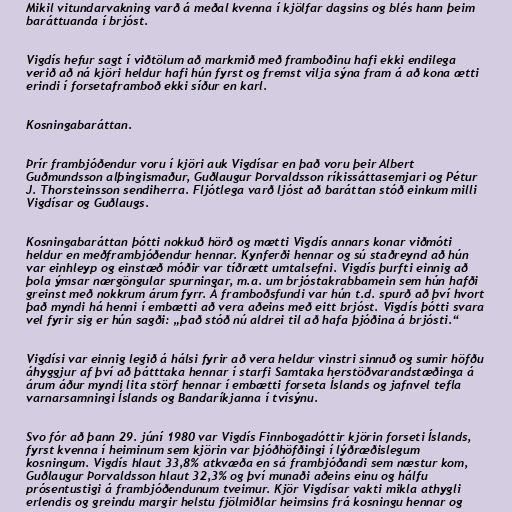
Mikil vitundarvakning varð á meðal kvenna í kjölfar dagsins og blés hann þeim
baráttuanda í brjóst.

Vigdís hefur sagt í viðtölum að markmið með framboðinu hafi ekki endilega
verið að ná kjöri heldur hafi hún fyrst og fremst vilja sýna fram á að kona ætti
erindi í forsetaframboð ekki síður en karl.

Kosningabaráttan.

Þrír frambjóðendur voru í kjöri auk Vigdísar en það voru þeir Albert
Guðmundsson alþingismaður, Guðlaugur Þorvaldsson ríkissáttasemjari og Pétur
J. Thorsteinsson sendiherra. Fljótlega varð ljóst að baráttan stóð einkum milli
Vigdísar og Guðlaugs.

Kosningabaráttan þótti nokkuð hörð og mætti Vigdís annars konar viðmóti
heldur en meðframbjóðendur hennar. Kynferði hennar og sú staðreynd að hún
var einhleyp og einstæð móðir var tíðrætt umtalsefni. Vigdís þurfti einnig að
þola ýmsar nærgöngular spurningar, m.a. um brjóstakrabbamein sem hún hafði
greinst með nokkrum árum fyrr. Á framboðsfundi var hún t.d. spurð að því hvort
það myndi há henni í embætti að vera aðeins með eitt brjóst. Vigdís þótti svara
vel fyrir sig er hún sagði: „það stóð nú aldrei til að hafa þjóðina á brjósti.“

Vigdísi var einnig legið á hálsi fyrir að vera heldur vinstri sinnuð og sumir höfðu
áhyggjur af því að þátttaka hennar í starfi Samtaka herstöðvarandstæðinga á
árum áður myndi lita störf hennar í embætti forseta Íslands og jafnvel tefla
varnarsamningi Íslands og Bandaríkjanna í tvísýnu.

Svo fór að þann 29. júní 1980 var Vigdís Finnbogadóttir kjörin forseti Íslands,
fyrst kvenna í heiminum sem kjörin var þjóðhöfðingi í lýðræðislegum
kosningum. Vigdís hlaut 33,8% atkvæða en sá frambjóðandi sem næstur kom,
Guðlaugur Þorvaldsson hlaut 32,3% og því munaði aðeins einu og hálfu
prósentustigi á frambjóðendunum tveimur. Kjör Vigdísar vakti mikla athygli
erlendis og greindu margir helstu fjölmiðlar heimsins frá kosningu hennar og